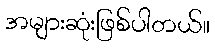
အများဆုံးဖြစ်ပါတယ်။